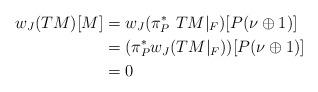
LaTeX: \begin{align*} w_J(TM)[M] &= w_J( \pi^*_P~ TM|_F )[P(\nu \oplus 1)] \\ & = (\pi^*_P w_J( TM|_F))[P(\nu \oplus 1)]\\ & =0\end{align*}